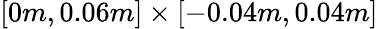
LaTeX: \left[0m,0.06m\right]\times\left[-0.04m,0.04m\right]